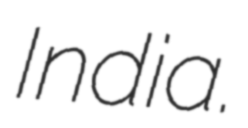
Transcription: India.